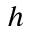
_ h